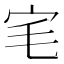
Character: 宒